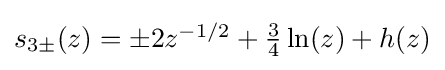
{\textstyle s_{3\pm }(z)=\pm 2z^{-1/2}+{\tfrac {3}{4}}\operatorname {ln} (z)+h(z)}